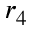
r _ { 4 }